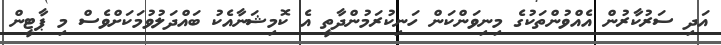
އަދި ސަރުކާރުން އެއްވުންތަކުގެ މިނިވަންކަން ހަނިކުރަމުންދާތީ އެ ކޮމިޝަނާއެކު ބައްދަލުވުމަކަށްވެސް މި ޕާޓީން